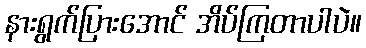
နားရွက်ပြားအောင် အိပ်ကြတာပါပဲ။